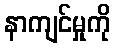
နာကျင်မှုကို